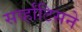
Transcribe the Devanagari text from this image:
सर्व्हांटिसने